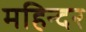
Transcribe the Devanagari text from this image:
महिन्दर